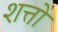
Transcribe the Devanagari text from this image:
शत्तो